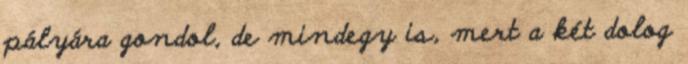
pályára gondol, de mindegy is, mert a két dolog